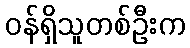
ဝန်ရှိသူတစ်ဦးက